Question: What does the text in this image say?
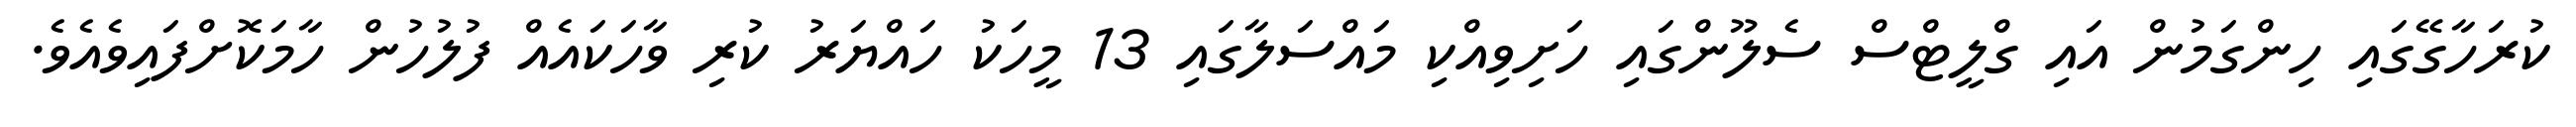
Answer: ކުރަހާގޭގައި ހިންގަމުން އައި ގްލީޓްސް ސެލޫންގައި ހަށިވިއްކި މައްސަލާގައި 13 މީހަކު ހައްޔަރު ކުރި ވާހަކައެއް ފުލުހުން ހާމަކޮށްފައިވެއެވެ.